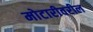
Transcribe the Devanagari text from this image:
मोटारीवरील